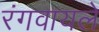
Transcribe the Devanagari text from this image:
रंगवायले